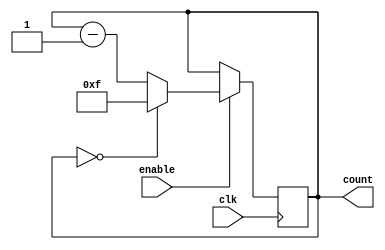
module BinaryDownCounter(
    input wire clk,
    input wire enable,
    output reg [3:0] count
);

reg [3:0] preset = 4'hF; //Initialize preset value to 15

always @(posedge clk) begin
    if(enable) begin
        if(count == 4'b0000) begin
            count <= preset;
        end else begin
            count <= count - 1;
        end
    end
end

endmodule